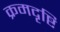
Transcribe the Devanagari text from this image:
क्रमदृष्टि